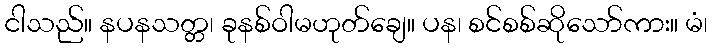
ငါသည်။ နပနသတ္တ၊ ခုနစ်ဝါမဟုတ်ချေ။ ပန၊ စင်စစ်ဆိုသော်ကား။ မံ၊